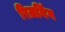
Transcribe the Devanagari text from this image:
रिज़निंग